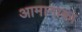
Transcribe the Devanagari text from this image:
आमानाका